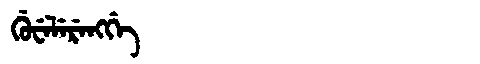
Manchu: ᡤᡠᠸᡝᠯᡝᡵᡝᠩᡤᡝ
Romanization: GUWELERENGGE